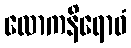
လောကနိရောဓံ